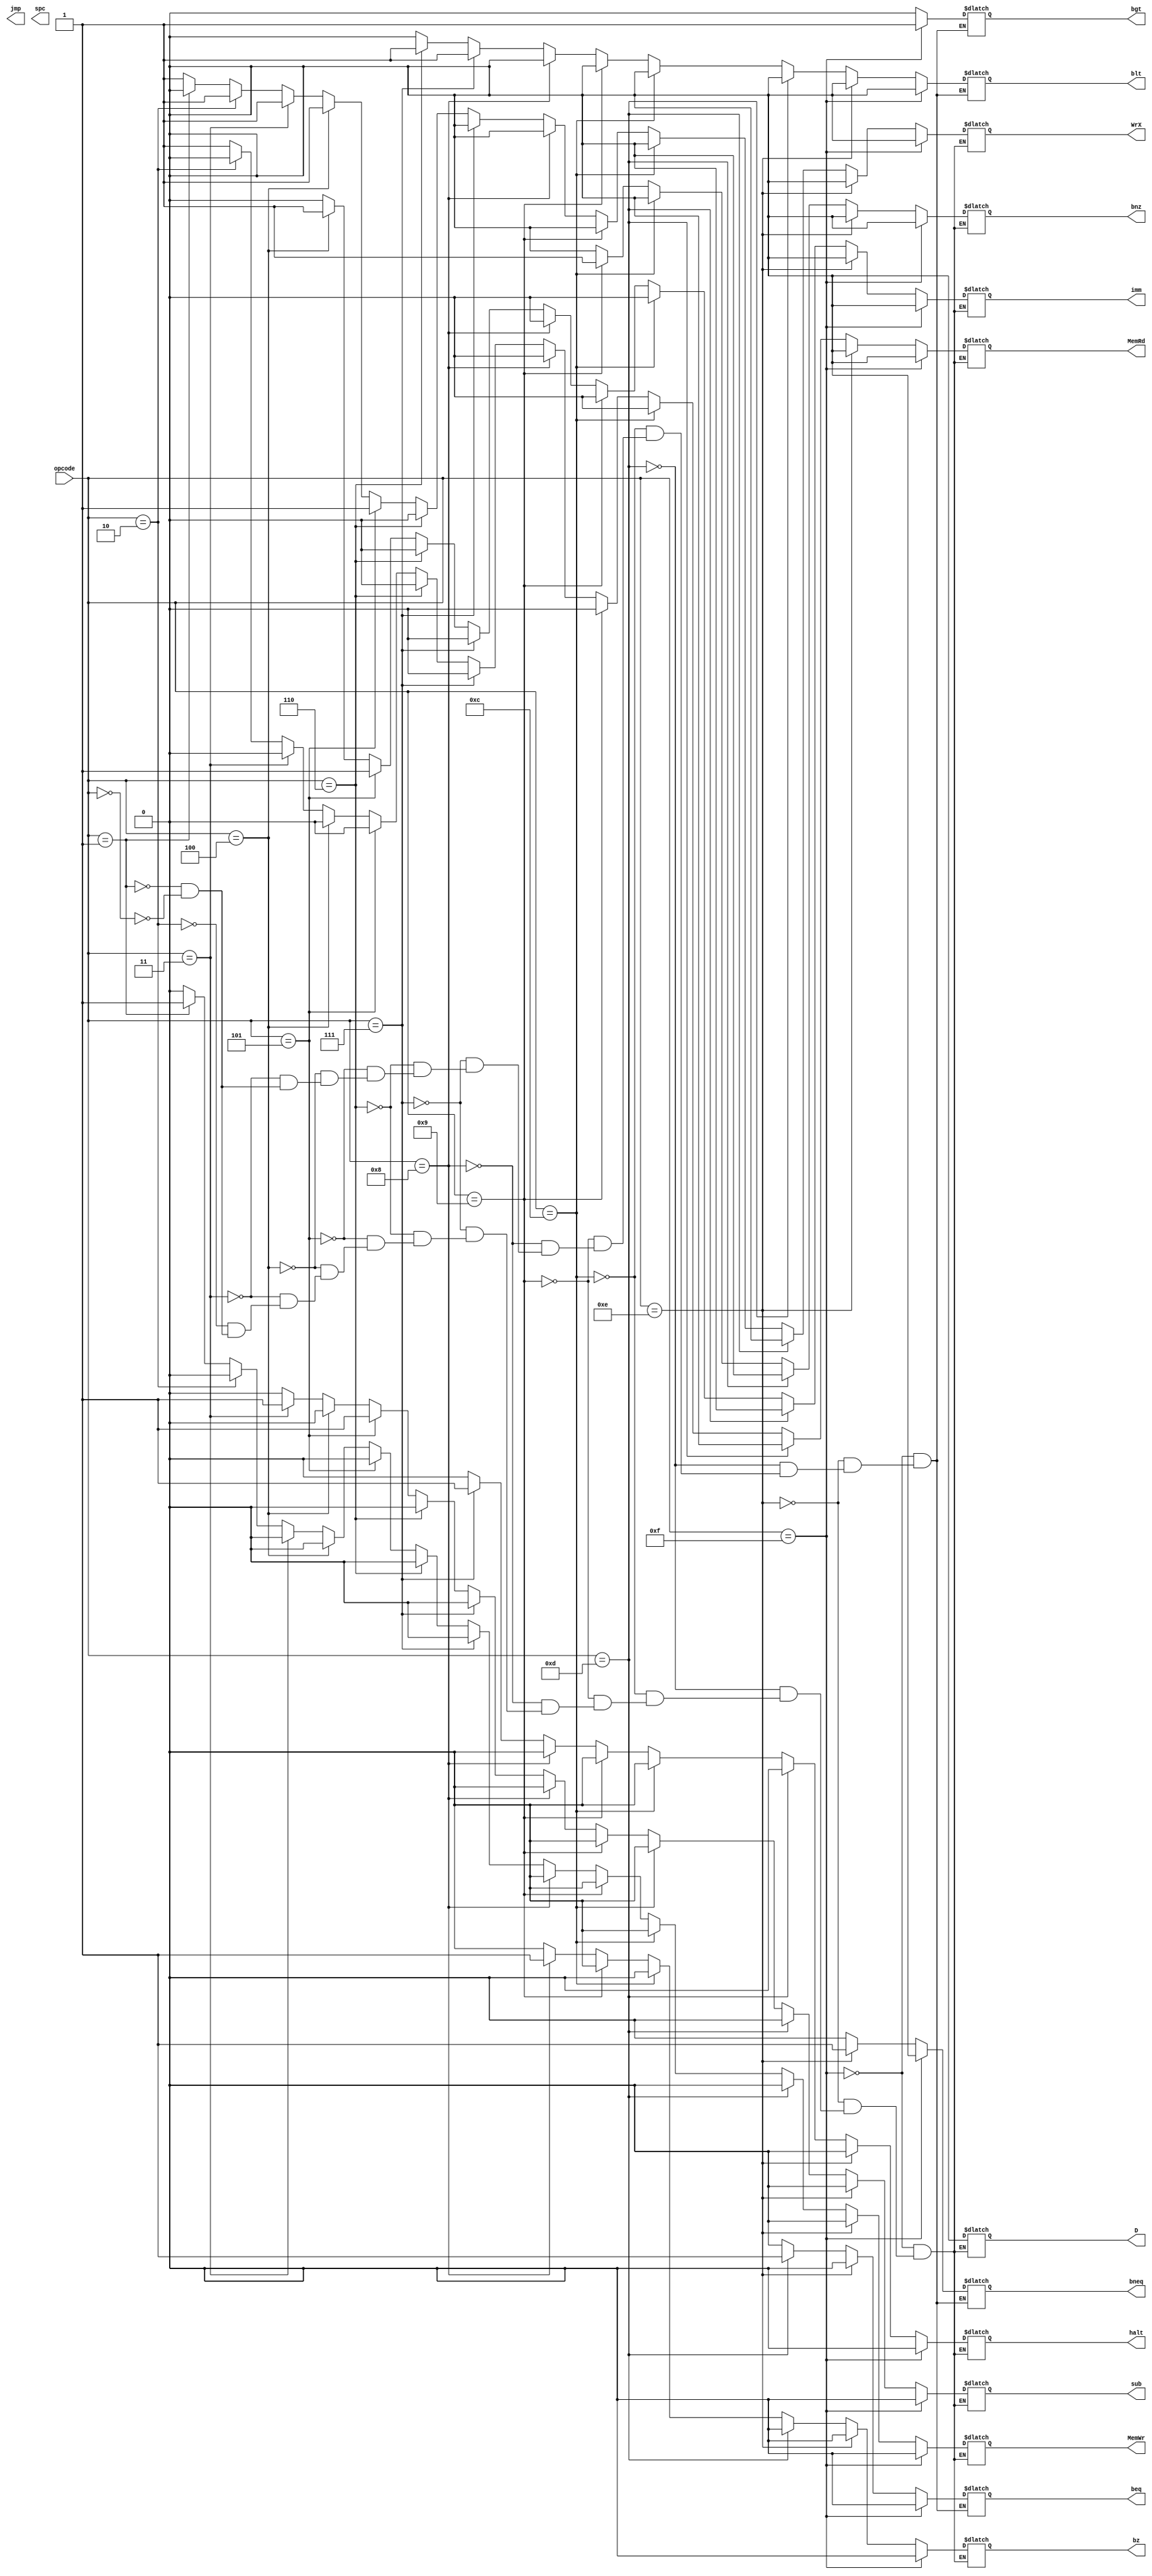
module Lab6_DECODE(input [3:0] opcode,
			  output reg D,       
			  output reg WrX,
			  output reg MemWr,   
			  output reg MemRd,
			  output reg imm,     
			  output reg bz,      
			  output reg bnz,
			  output reg beq,
			  output reg bneq,
			  output reg bgt,
			  output reg blt,     
			  output reg jmp,     
			  output reg sub,     
			  output reg spc,
			  output reg halt);

always @ ( * )
begin
    if ( opcode == 0 ) begin
        D=0;
        WrX=1;
        MemWr=0;
        MemRd=1;
        imm=0;
        sub=0;
        halt=0;
        bz=0;
        bnz=0;
        beq=0;
        bneq=0;
        bgt=0;
        blt=0; end
    if ( opcode == 1 ) begin
        D=0;
        WrX=0;
        MemWr=1;
        MemRd=1;
        imm=0;
        sub=0;
        halt=0;
        bz=0;
        bnz=0;
        beq=0;
        bneq=0;
        bgt=0;
        blt=0; end
    if ( opcode == 2 ) begin
        D=0;
        WrX=1;
        MemWr=0;
        MemRd=0;
        imm=0;
        sub=0;
        halt=0;
        bz=0;
        bnz=0; end
    if ( opcode == 3 ) begin
        D=0;
        WrX=1;
        MemWr=0;
        MemRd=0;
        imm=0;
        sub=1;
        halt=0;
        bz=0;
        bnz=0;
        beq=0;
        bneq=0;
        bgt=0;
        blt=0; end
    if ( opcode == 4 ) begin
        D=0;
        WrX=1;
        MemWr=0;
        MemRd=0;
        imm=1;
        sub=0;
        halt=0;
        bz=0;
        bnz=0;
        beq=0;
        bneq=0;
        bgt=0;
        blt=0; end
    if ( opcode == 5 ) begin
        D=0;
        WrX=1;
        MemWr=0;
        MemRd=0;
        imm=1;
        sub=1;
        halt=0;
        bz=0;
        bnz=0;
        beq=0;
        bneq=0;
        bgt=0;
        blt=0; end
    if ( opcode == 6 ) begin
        D=0;
        WrX=0;
        MemWr=0;
        MemRd=0;
        imm=0;
        sub=0;
        halt=0;
        bz=0;
        bnz=0;
        beq=0;
        bneq=0;
        bgt=0;
        blt=1; end
    if ( opcode == 7 ) begin
        D=0;
        WrX=0;
        MemWr=0;
        MemRd=0;
        imm=0;
        sub=0;
        halt=1;
        bz=0;
        bnz=0;
        beq=0;
        bneq=0;
        bgt=0;
        blt=1; end
    if ( opcode == 8 ) begin
        D=0;
        WrX=0;
        MemWr=0;
        MemRd=0;
        imm=0;
        sub=0;
        halt=0;
        bz=1;
        bnz=0;
        beq=0;
        bneq=0;
        bgt=0;
        blt=0; end
    if ( opcode == 9 ) begin
        D=0;
        WrX=0;
        MemWr=0;
        MemRd=0;
        imm=0;
        sub=0;
        halt=0;
        bz=0;
        bnz=1;
        beq=0;
        bneq=0;
        bgt=0;
        blt=0; end
    if ( opcode == 12 ) begin
        D=0;
        WrX=0;
        MemWr=0;
        MemRd=0;
        imm=0;
        sub=0;
        halt=0;
        bz=0;
        bnz=0;
        beq=0;
        bneq=0;
        bgt=0;
        blt=0; end
    if ( opcode == 13 ) begin
        D=0;
        WrX=0;
        MemWr=0;
        MemRd=0;
        imm=0;
        sub=0;
        halt=0;
        bz=0;
        bnz=0;
        beq=1;
        bneq=0;
        bgt=0;
        blt=0; end
    if ( opcode == 14 ) begin
        D=0;
        WrX=0;
        MemWr=0;
        MemRd=0;
        imm=0;
        sub=0;
        halt=0;
        bz=0;
        bnz=0;
        beq=0;
        bneq=1;
        bgt=0;
        blt=0; end
    if ( opcode == 15 ) begin
        D=0;
        WrX=0;
        MemWr=0;
        MemRd=0;
        imm=0;
        sub=0;
        halt=0;
        bz=0;
        bnz=0;
        beq=0;
        bneq=0;
        bgt=1;
        blt=0; end
end      

endmodule